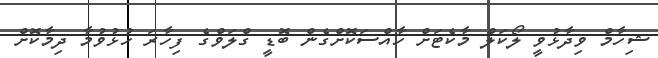
ޝިހާމް ވިދާޅުވީ ލޯކަލް މާކެޓަށް ހާއްސަކޮށްގެން ބޮޑީ ގްލަވްގެ ފިހާރަ ހުޅުވުމާ ދިމާކޮށް